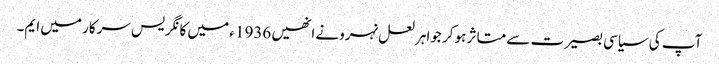
آپ کی سیاسی بصیرت سے متاثر ہو کر جواہر لعل نہرونے انھیں 1936 ء میں کانگریس سرکار میں ایم۔